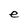
Character: e